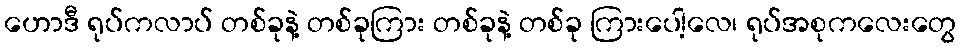
ဟောဒီ ရုပ်ကလာပ် တစ်ခုနဲ့ တစ်ခုကြား တစ်ခုနဲ့ တစ်ခု ကြားပေါ့လေ၊ ရုပ်အစုကလေးတွေ